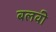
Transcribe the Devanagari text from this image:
बलवी